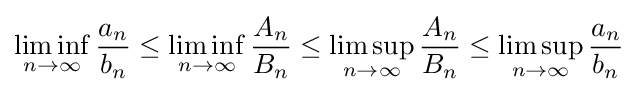
\liminf _{n\to \infty }{\frac {a_{n}}{b_{n}}}\leq \liminf _{n\to \infty }{\frac {A_{n}}{B_{n}}}\leq \limsup _{n\to \infty }{\frac {A_{n}}{B_{n}}}\leq \limsup _{n\to \infty }{\frac {a_{n}}{b_{n}}}